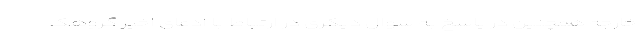
خارجه همچنین در پاسخ به سوال دیگری در ارتباط با ادعای اخیر گروهک